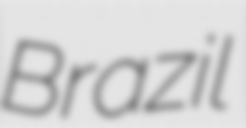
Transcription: Brazil